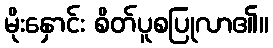
မိုးနှောင်း စိတ်ပူစပြုလာ၏။